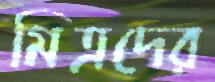
মিত্রদের